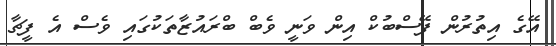
އޭގެ އިތުރުން ފޭސްބުކް އިން ވަނީ ވެބް ބްރައުޒާތަކުގައި ވެސް އެ ފީޗާ